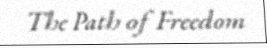
The Path of Freedom